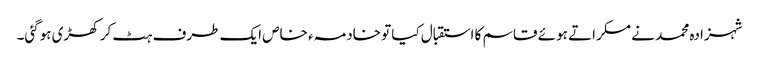
شہزادہ محمد نے مسکراتے ہوئے قاسم کا استقبال کیا تو خادمہء خاص ایک طرف ہٹ کر کھڑی ہوگئی۔